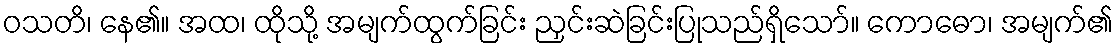
ဝသတိ၊ နေ၏။ အထ၊ ထိုသို့ အမျက်ထွက်ခြင်း ညှင်းဆဲခြင်းပြုသည်ရှိသော်။ ကောဓော၊ အမျက်၏